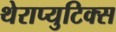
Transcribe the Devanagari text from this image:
थेराप्युटिक्स